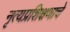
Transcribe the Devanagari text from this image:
नृत्यप्रशिक्षणाचे